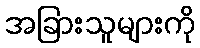
အခြားသူများကို